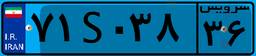
۰۷S۳۲۶۷۷